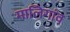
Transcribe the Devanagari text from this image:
मालिगांव